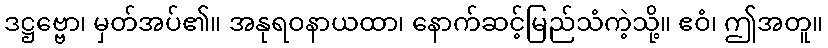
ဒဋ္ဌဗ္ဗော၊ မှတ်အပ်၏။ အနုရဝနာယထာ၊ နောက်ဆင့်မြည်သံကဲ့သို့။ ဧဝံ၊ ဤအတူ။